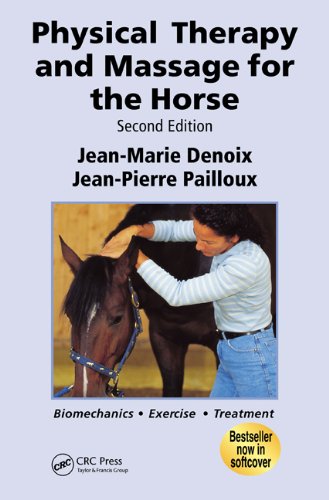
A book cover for Physical Therapy and Massage for the Horse: Biomechanics-Excercise-Treatment, Second Edition; Jean-Marie Denoix; Medical Books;